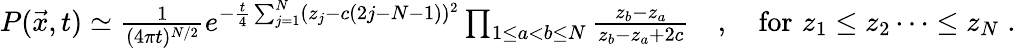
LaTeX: \begin{array}{r}{P(\vec{x},t)\simeq\frac{1}{(4\pi t)^{N/2}}e^{-\frac{t}{4}\sum_{j=1}^{N}(z_{j}-c(2j-N-1))^{2}}\prod_{1\leq a<b\leq N}\frac{z_{b}-z_{a}}{z_{b}-z_{a}+2c}\quad,\quad\mathrm{for}\, \, z_{1}\leq z_{2}\dots\leq z_{N}\; .}\end{array}